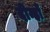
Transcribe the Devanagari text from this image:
दीन्हों